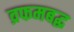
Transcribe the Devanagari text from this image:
व्रफमबद्ध